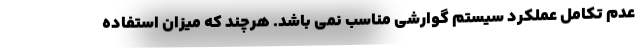
عدم تکامل عملکرد سیستم گوارشی مناسب نمی باشد. هرچند که میزان استفاده